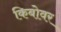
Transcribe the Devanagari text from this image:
किबोवर